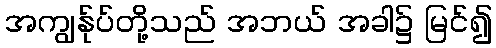
အကျွန်ုပ်တို့သည် အဘယ် အခါ၌ မြင်၍